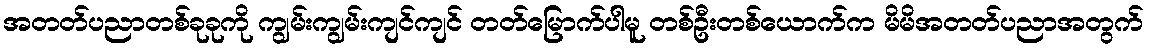
အတတ်ပညာတစ်ခုခုကို ကျွမ်းကျွမ်းကျင်ကျင် တတ်မြောက်ပါမူ တစ်ဦးတစ်ယောက်က မိမိအတတ်ပညာအတွက်